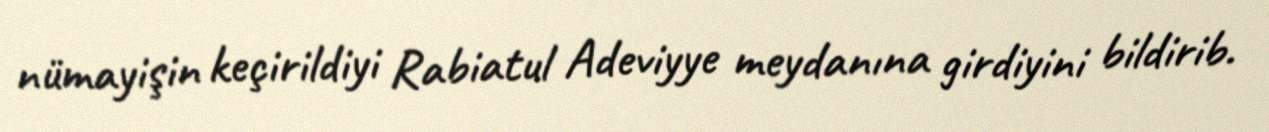
nümayişin keçirildiyi Rabiatul Adeviyye meydanına girdiyini bildirib.